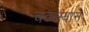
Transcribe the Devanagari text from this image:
चढल्याने